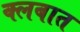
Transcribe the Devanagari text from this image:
क्लबात